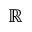
\mathbb { R }